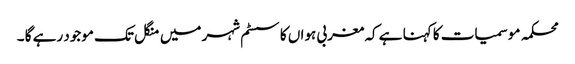
محکمہ موسمیات کا کہنا ہے کہ مغربی ہواں کا سسٹم شہر میں منگل تک موجود رہے گا ۔